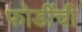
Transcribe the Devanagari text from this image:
फोडींची